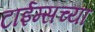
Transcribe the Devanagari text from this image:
टाईम्सच्या